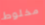
مخلوط